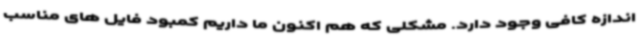
اندازه کافی وجود دارد. مشکلی که هم اکنون ما داریم کمبود فایل های مناسب